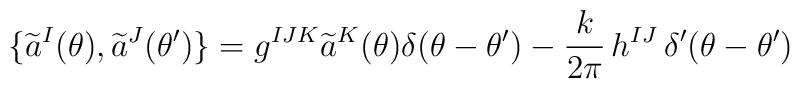
\{\widetilde{a}^I(\theta),\widetilde{a}^J(\theta')\}=g^{IJK}\widetilde{a}^K(\theta)\delta(\theta-\theta')-\frac{k}{2\pi}\,h^{IJ}\, \delta'(\theta-\theta')